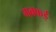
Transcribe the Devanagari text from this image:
गक्‍कई